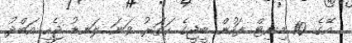
އޭގެ 10 މިނިޓް ފަހުން ބީޖީގެ ހަތަރު ވަނަ ލަނޑު ޖެހީ އަބްދު